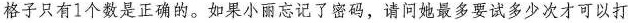
格子只有1个数是正确的。如果小丽忘记了密码，请问她最多要试多少次才可以打